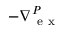
- \nabla { } _ { \mathrm { ~ e ~ x ~ } } ^ { P }